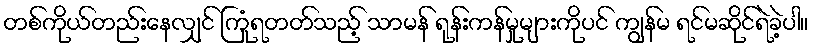
တစ်ကိုယ်တည်းနေလျှင် ကြုံရတတ်သည့် သာမန် ရုန်းကန်မှုများကိုပင် ကျွန်မ ရင်မဆိုင်ရဲခဲ့ပါ။